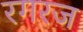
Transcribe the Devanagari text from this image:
रगरज